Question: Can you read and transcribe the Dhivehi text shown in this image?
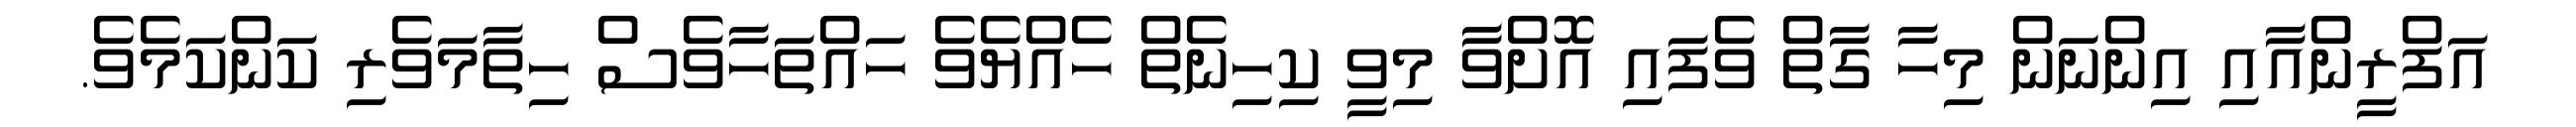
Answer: އަފްރީންއާއި އިންނަން މިހާ ގާތް ވެފައި އޮށްވާ މިވީ ކިހިނެތް ހެއްޔެވެ ހައްތަހާވެސް ހިތާމަވެރި ކަންކަމެވެ.